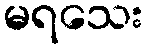
မရသေး